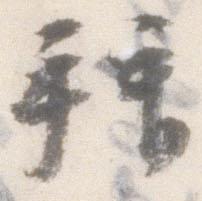
拝